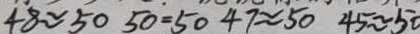
4 8 \approx 5 0 5 0 = 5 0 4 7 \approx 5 0 4 5 \approx 5 0